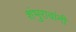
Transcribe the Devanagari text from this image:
शंभुरावांनी